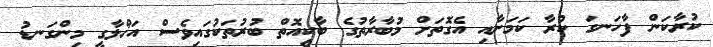
ކުރާކަން ފާހަނގަ ކުރާ ކަމަށާއި އެގޮތަށް މުބާރާތުގެ ބާކީއޮތް ބުރުތަކުގައިވެސް އަޚްލާގީ މިންގަނޑު